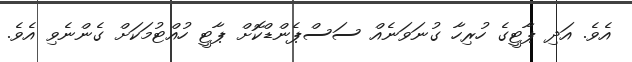
އެވެ. އަދި ޕާޓީގެ ހުރިހާ ގުނަވަނެއް ސަސްޕެންޑްކޮށް ޕާޓީ ހުއްޓުމަކަށް ގެންނެވި އެވެ.